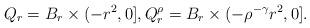
LaTeX: \begin{align*}Q_r=B_r\times(-r^2,0],Q^\rho_r=B_r\times (-\rho^{-\gamma}r^2,0].\end{align*}